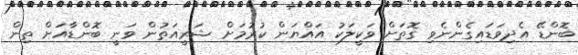
ބޮންޑޭ އެދިވަޑައިގެންނެވި ގޮތަށް ވަކީލަކު އައްޔަން ކުރުމަށް ޝަރީއަތުން ވަނީ ބޮންޑާއަށް ތިން